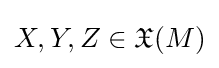
X,Y,Z\in {\mathfrak {X}}(M)